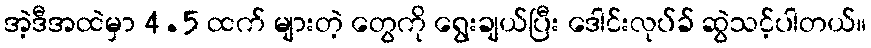
အဲ့ဒီအထဲမှာ 4.5 ထက် များတဲ့ တွေကို ရွေးချယ်ပြီး ဒေါင်းလုပ်ခ် ဆွဲသင့်ပါတယ်။